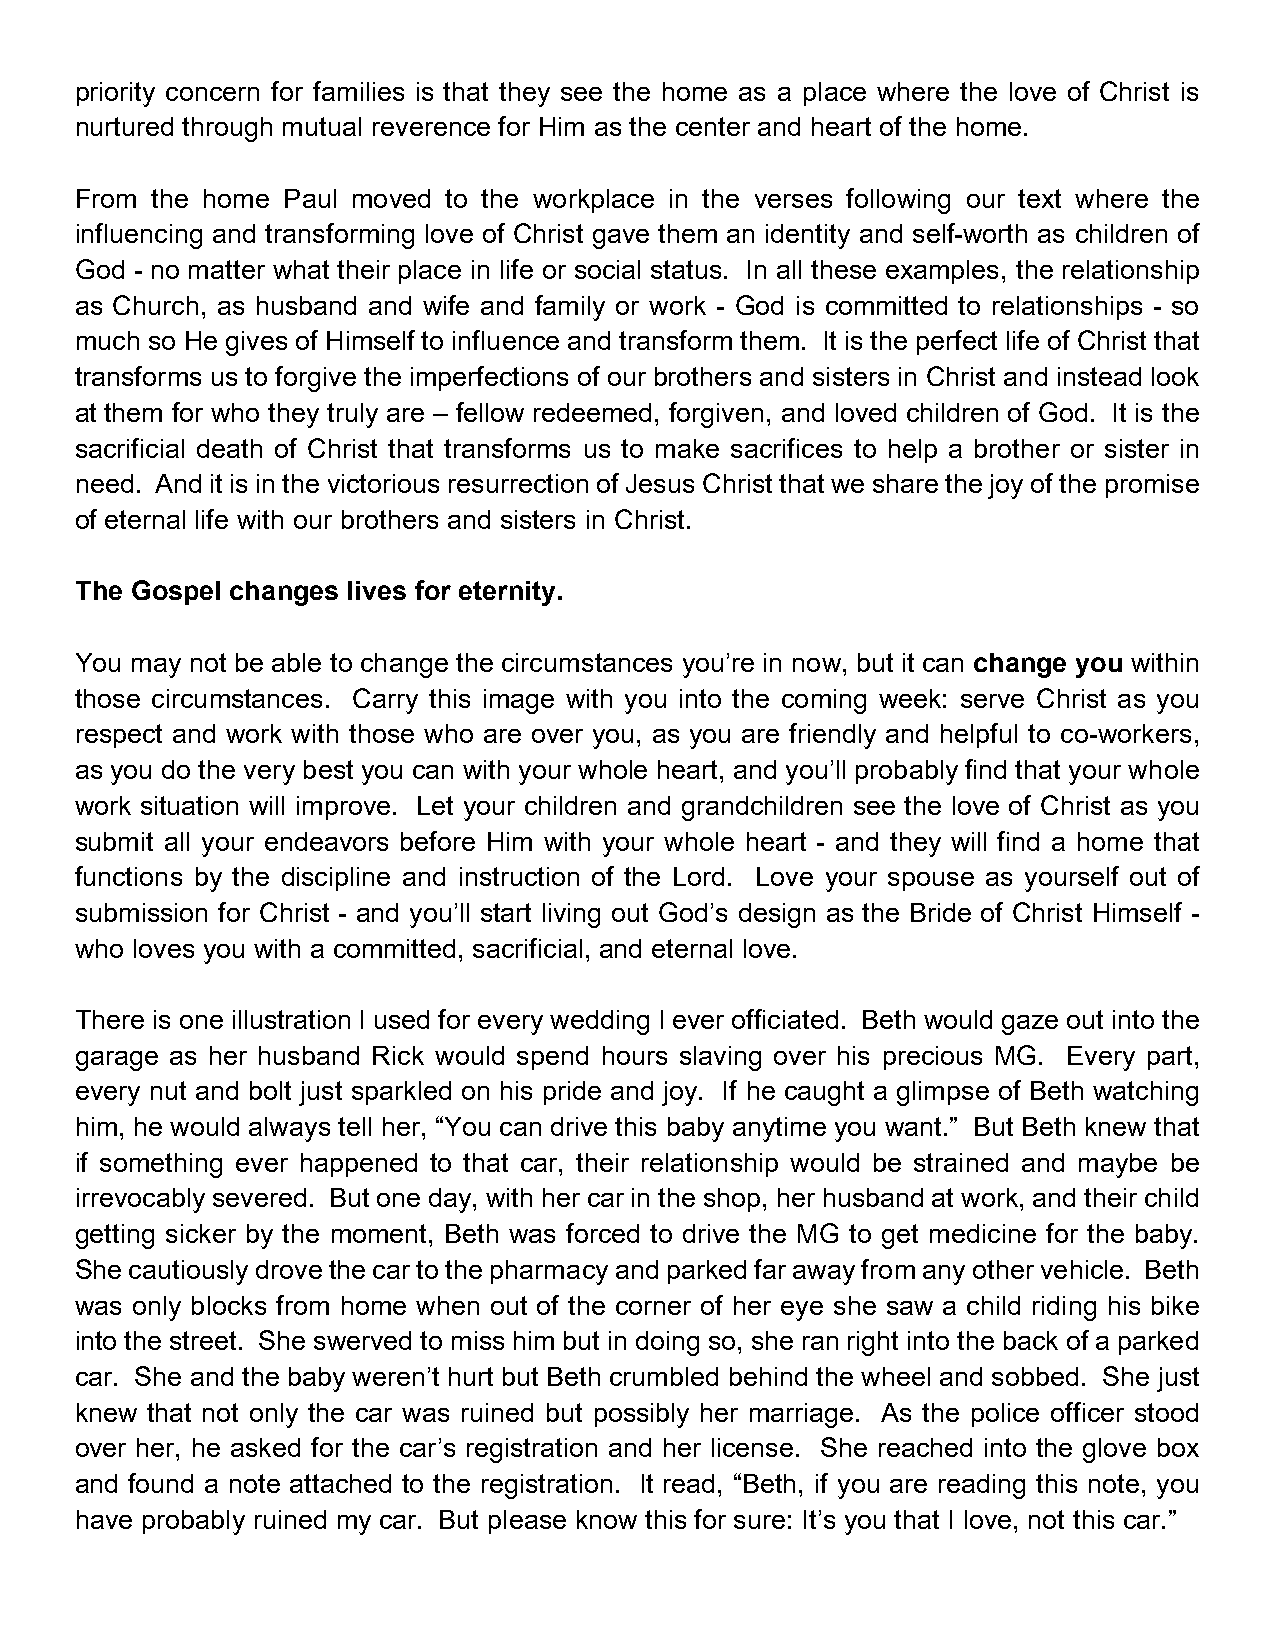
priority concern for families is that they see the home as a place where the love of Christ is
 nurtured through mutual reverence for Him as the center and heart of the home.
 From the home Paul moved to the workplace in the verses following our text where the
 influencing and transforming love of Christ gave them an identity and self-worth as children of
 God - no matter what their place in life or social status. In all these examples, the relationship
 as Church, as husband and wife and family or work - God is committed to relationships - so
 much so He gives of Himself to influence and transform them. It is the perfect life of Christ that
 transforms us to forgive the imperfections of our brothers and sisters in Christ and instead look
 at them for who they truly are – fellow redeemed, forgiven, and loved children of God. It is the
 sacrificial death of Christ that transforms us to make sacrifices to help a brother or sister in
 need. And it is in the victorious resurrection of Jesus Christ that we share the joy of the promise
 of eternal life with our brothers and sisters in Christ.
 The Gospel changes lives for eternity.
 You may not be able to change the circumstances you’re in now, but it can change you within
 those circumstances. Carry this image with you into the coming week: serve Christ as you
 respect and work with those who are over you, as you are friendly and helpful to co-workers,
 as you do the very best you can with your whole heart, and you’ll probably find that your whole
 work situation will improve. Let your children and grandchildren see the love of Christ as you
 submit all your endeavors before Him with your whole heart - and they will find a home that
 functions by the discipline and instruction of the Lord. Love your spouse as yourself out of
 submission for Christ - and you’ll start living out God’s design as the Bride of Christ Himself -
 who loves you with a committed, sacrificial, and eternal love.
 There is one illustration I used for every wedding I ever officiated. Beth would gaze out into the
 garage as her husband Rick would spend hours slaving over his precious MG. Every part,
 every nut and bolt just sparkled on his pride and joy. If he caught a glimpse of Beth watching
 him, he would always tell her, “You can drive this baby anytime you want.” But Beth knew that
 if something ever happened to that car, their relationship would be strained and maybe be
 irrevocably severed. But one day, with her car in the shop, her husband at work, and their child
 getting sicker by the moment, Beth was forced to drive the MG to get medicine for the baby.
 She cautiously drove the car to the pharmacy and parked far away from any other vehicle. Beth
 was only blocks from home when out of the corner of her eye she saw a child riding his bike
 into the street. She swerved to miss him but in doing so, she ran right into the back of a parked
 car. She and the baby weren’t hurt but Beth crumbled behind the wheel and sobbed. She just
 knew that not only the car was ruined but possibly her marriage. As the police officer stood
 over her, he asked for the car’s registration and her license. She reached into the glove box
 and found a note attached to the registration. It read, “Beth, if you are reading this note, you
 have probably ruined my car. But please know this for sure: It’s you that I love, not this car.”